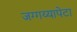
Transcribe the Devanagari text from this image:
जग्गय्यापेटा